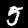
Label: 5